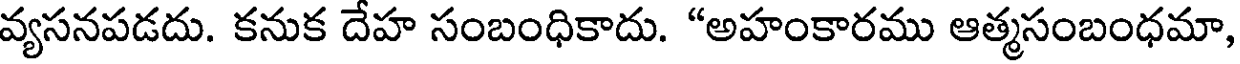
వ్యసనపడదు. కనుక దేహ సంబంధికాదు. "అహంకారము ఆత్మసంబంధమా,